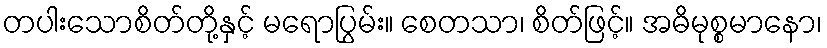
တပါးသောစိတ်တို့နှင့် မရောပြွမ်း။ စေတသာ၊ စိတ်ဖြင့်။ အဓိမုစ္စမာနော၊